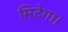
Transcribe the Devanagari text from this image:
मिटेगा।